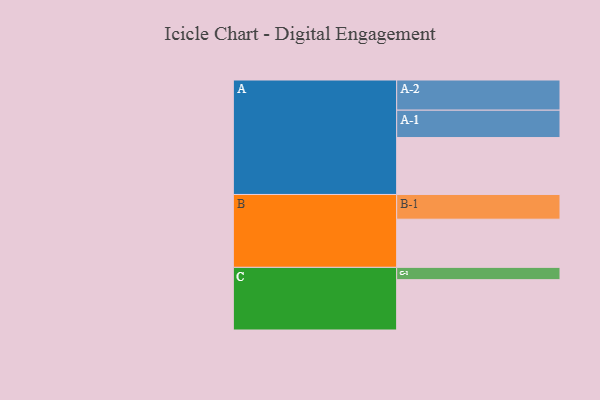
{"axis": {"x": "Segment", "y": "Value"}, "legend": ["", "A", "B", "C"], "data": [{"x": "A", "y": 449, "type": ""}, {"x": "B", "y": 380, "type": ""}, {"x": "C", "y": 397, "type": ""}, {"x": "A-1", "y": 216, "type": "A"}, {"x": "A-2", "y": 238, "type": "A"}, {"x": "B-1", "y": 195, "type": "B"}, {"x": "C-1", "y": 97, "type": "C"}]}